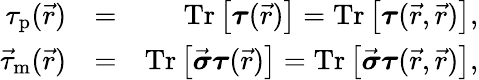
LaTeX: \begin{array}{rlr}{\tau_{\textrm{p}}(\vec{r})}&{=}&{\textrm{Tr}\left[\boldsymbol{\tau}(\vec{r})\right]=\textrm{Tr}\left[\boldsymbol{\tau}(\vec{r},\vec{r})\right],}\\ {\vec{\tau}_{\textrm{m}}(\vec{r})}&{=}&{\textrm{Tr}\left[\vec{\boldsymbol{\sigma}}\boldsymbol{\tau}(\vec{r})\right]=\textrm{Tr}\left[\vec{\boldsymbol{\sigma}}\boldsymbol{\tau}(\vec{r},\vec{r})\right],}\end{array}